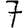
Digit: 7